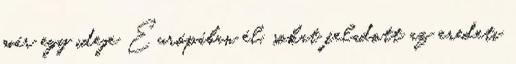
már egy ideje Európában él, sokat feladott az eredeti